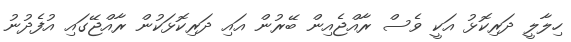
ހިލާލީ ދަރިކޮޅު އަކީ ވެސް ރާއްޖެއިން ބޭރުން އައި ދަރިކޮޅަކުން ރާއްޖޭގައި އުފެދުނު